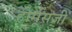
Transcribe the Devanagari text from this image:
होर्मूसजी